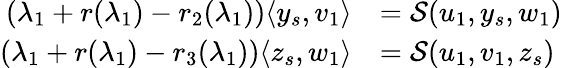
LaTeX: \begin{array}{rl}{(\lambda_{1}+r(\lambda_{1})-r_{2}(\lambda_{1}))\langle y_{s},v_{1}\rangle}&{={\mathcal{S}}(u_{1},y_{s},w_{1})}\\ {(\lambda_{1}+r(\lambda_{1})-r_{3}(\lambda_{1}))\langle z_{s},w_{1}\rangle}&{={\mathcal{S}}(u_{1},v_{1},z_{s})}\end{array}